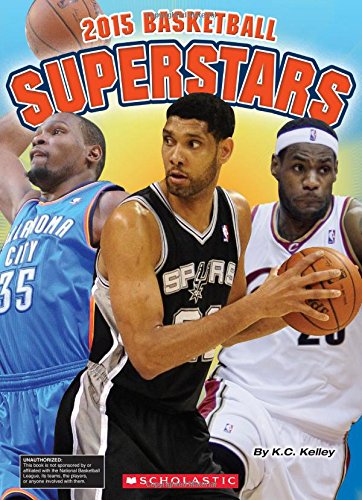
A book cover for Basketball Superstars 2015 (NBA Readers); K.C. Kelley; Children's Books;